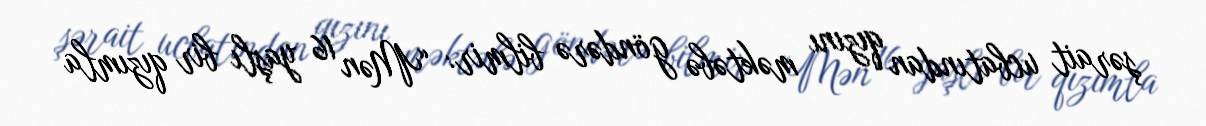
şərait ucbatından qızını məktəbə göndərə bilmir: “Mən 16 yaşlı bir qızımla